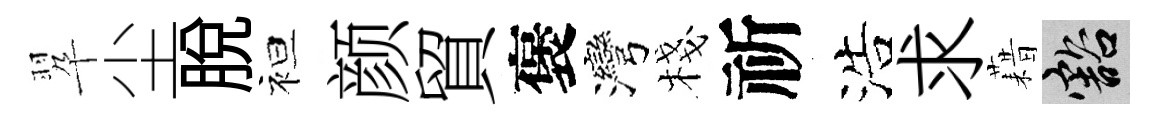
翆尘脱袒颜貿褒灣棧祈浩求藉豁